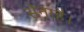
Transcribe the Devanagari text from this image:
सेनाहै।